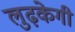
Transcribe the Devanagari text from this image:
लुढ़केगी